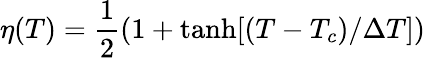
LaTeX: \eta(T)=\frac{1}{2}(1+\mathrm{{tanh}}[(T-T_{c})/\Delta T])